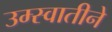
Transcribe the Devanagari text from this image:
उम्स्वातीने